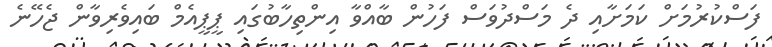
ފަސްކުރުމަށް ކަމަށާއި ދެ މަސްދުވަސް ފަހުން ބާއްވާ އިންތިހާބުގައި ޕީޕީއެމް ބައިވެރިވާން ޖެހޭނެ